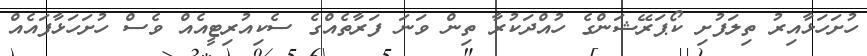
ހުށަހަޅާއިރު ތިލަފުށި ކޯޕަރޭޝަންގެ ހުއްދަކުރާ ތިން ވަނަ ފަރާތެއްގެ ސެކިއުރިޓީއެއް ވެސް ހުށަހަޅާފައެއް